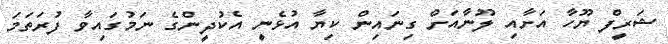
ޝަރީފް ޔޫހާ އަށާއި ލޫނާއަށް ގިނައިން ކިޔާ އުޅެނީ އެކުދީންގެ ނަމުގައިވާ ފުރަތަމަ